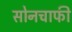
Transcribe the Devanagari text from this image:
सोनचाफी